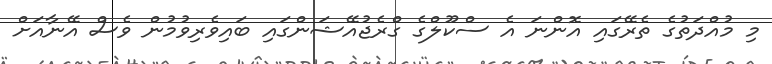
މި މުއްދަތުގެ ތެރޭގައި އޮންނަ އެ ސްކޫލްގެ ގްރެޖުއޭޝަންގައި ބައިވެރިވުމުން ވެސް އޭނާއަށް